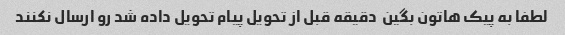
لطفا به پیک هاتون بگین  دقیقه قبل از تحویل پیام تحویل داده شد رو ارسال نکنند